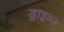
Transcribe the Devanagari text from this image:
ड्राइव्ज़